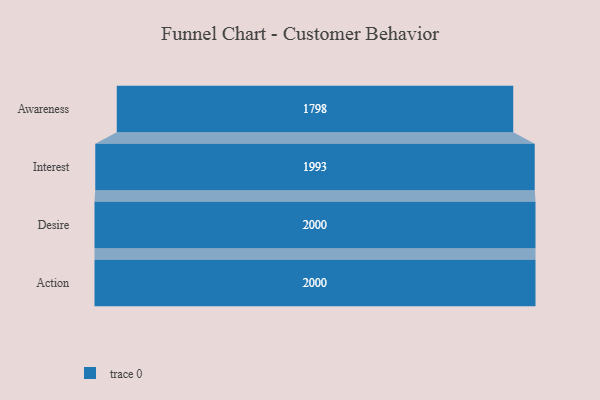
{"axis": {"x": "Stage", "y": "Value"}, "legend": [""], "data": [{"x": "Awareness", "y": 1798.0, "type": ""}, {"x": "Interest", "y": 1993.0, "type": ""}, {"x": "Desire", "y": 2000, "type": ""}, {"x": "Action", "y": 2000, "type": ""}]}